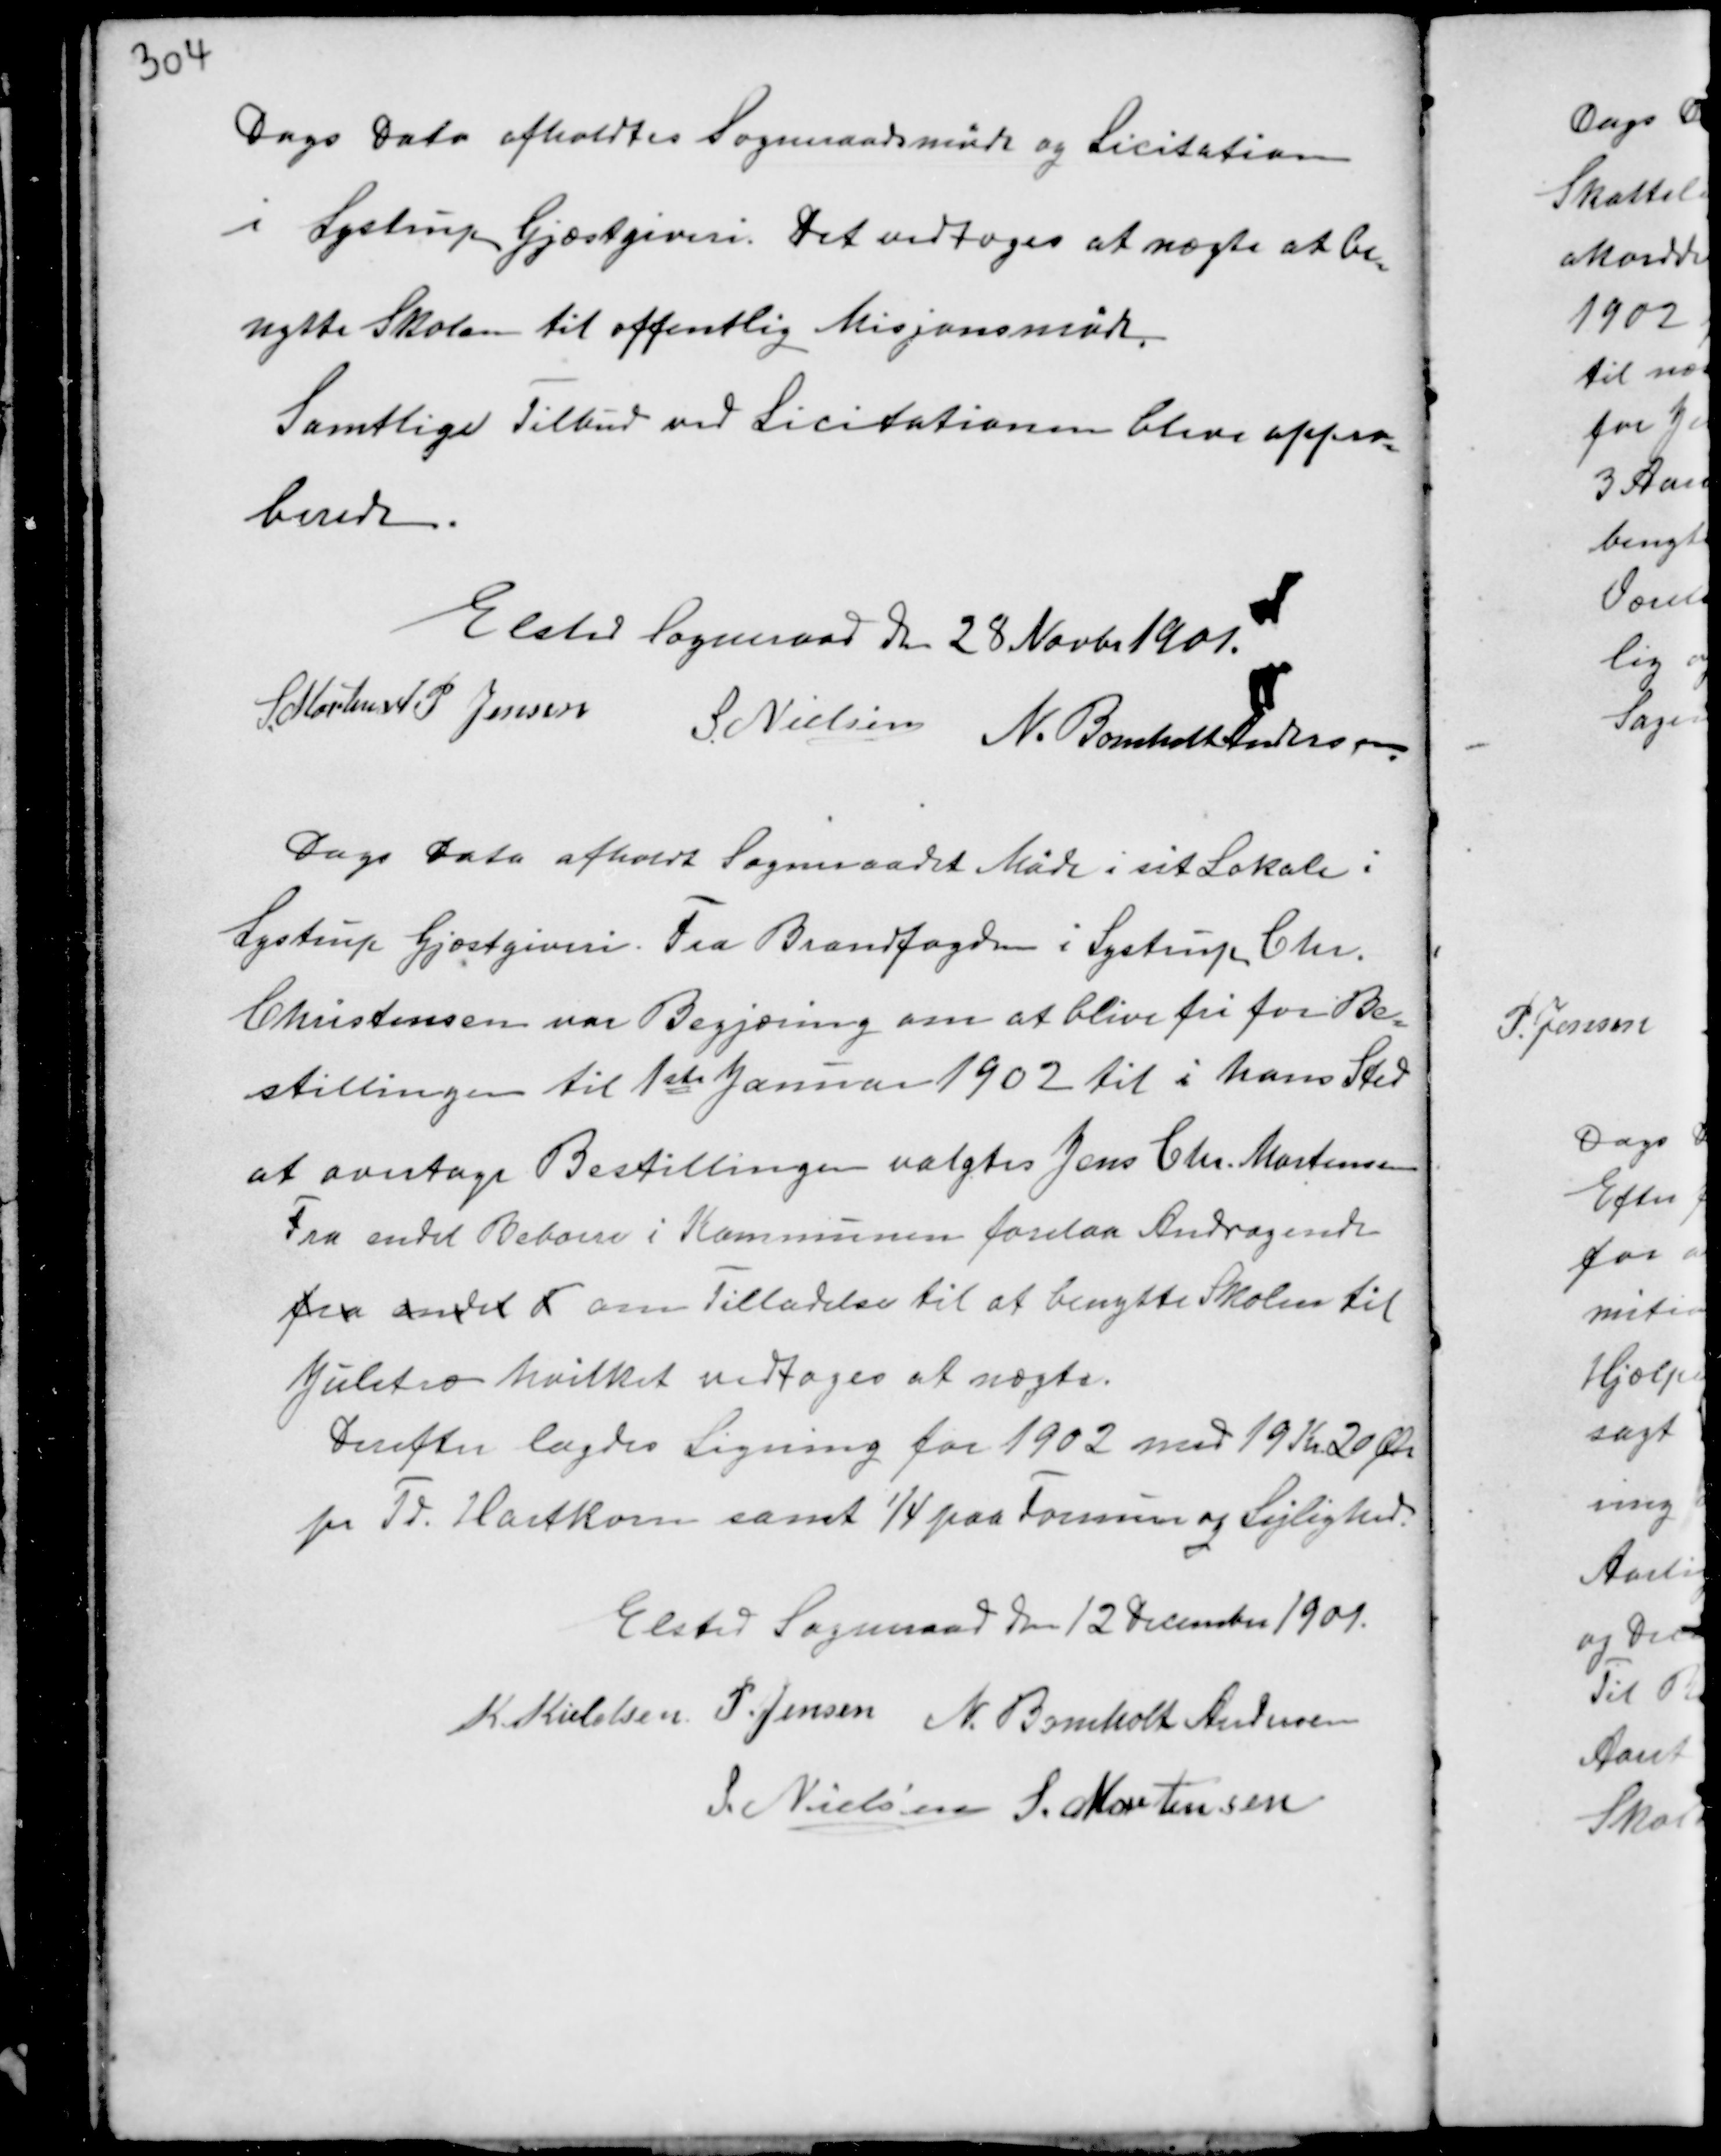
Transskription:
Dags Dato afholdtes Sogneraadsmøde og Licitation
i Lystrup Gjæstgiveri. Det vedtoges at nægte at be-
nytte Skolen til offentlig Misjonsmøde.
Samtlige Tilbud ved Licitationen blev appro-
berede.

Elsted Sogneraade den 28 Novbr 1901.
S. Mortensen J. P. Jensen
S. Nielsen N. Bomholt Andersen

Dags Dato afholdt Sogneraadet Møde i sit Lokale i
Lystrup Gjæstgiveri. Fra Brandfogeden i Lystrup Chr.
Christensen var Begjæring om at blive fri for Be-
stillingen til 1 ste Januar 1902 til i hans Sted
at overtage Bestillingen valgtes Jens Chr. Mortensen
Fra endel Beboere i Kommunen forelaa Andragende
fra andet D om Tilladelse til at benytte Skolen til
Juletræ hvilket vedtoges at nægte.
Derefter lagdes Ligning for 1902 med 19 Kr. 20 Øre
pr Td. Hartkorn samt ¼ paa Formue og Lejlighed.

Elsted Sogneraad den 12 December 1901.
K. Kieldsen P. Jensen N. Bomholt Andersen
S. Nielsen S. Mortensen